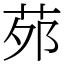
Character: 茒